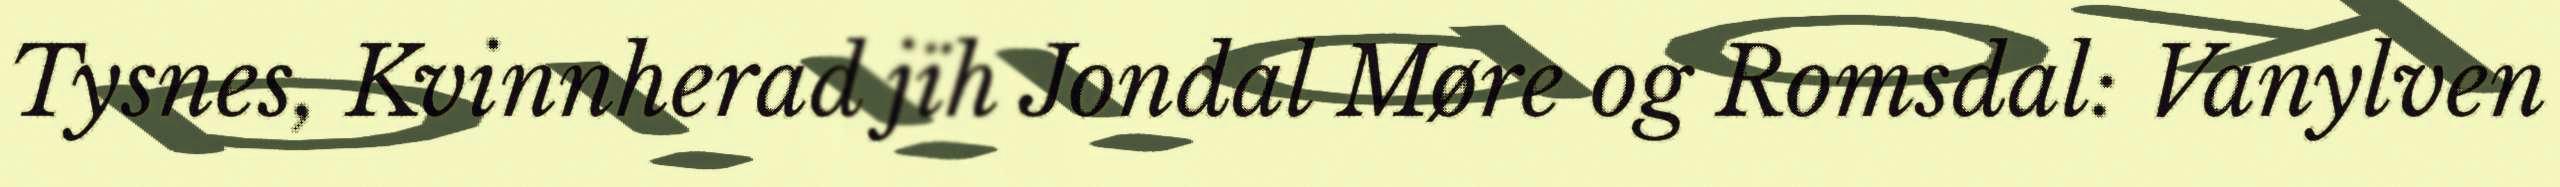
Tysnes, Kvinnherad jïh Jondal Møre og Romsdal: Vanylven